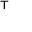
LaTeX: { } ^ { \mathsf { T } }